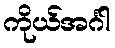
ကိုယ်အင်္ဂါ